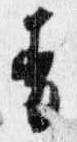
青